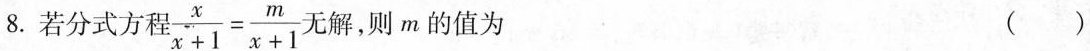
8.若分式方和 $$\frac { x } { x + 1 } = \frac { m } { x + 1 }$$ 无解，则m的值为 ( )